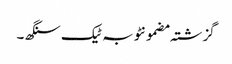
گزشتہ مضمونٹوبہ ٹیک سنگھ ۔